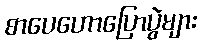
စာပေဟောပြောပွဲများ